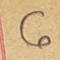
6